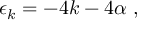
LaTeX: \epsilon _ { k } = - 4 k - 4 \alpha \ ,